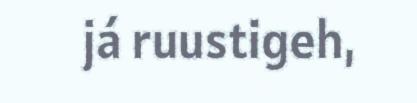
já ruustigeh,